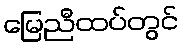
မြေညီထပ်တွင်